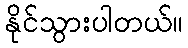
နိုင်သွားပါတယ်။